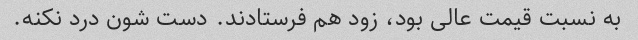
به نسبت قیمت عالی بود، زود هم فرستادند. دست شون درد نکنه.